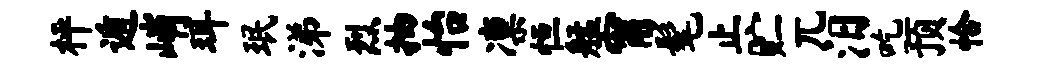
枰遁峭珥珉涕烈抽怡凛恒艋甯髦止贮兀汨吃预恰